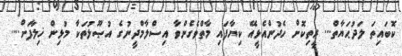
ކޮބައިތަ ލަދުޙަޔާތް... ރީތިކޮށް ހެދުންއެޅީއޭ ކިޔާފައި މާތްވެގެންވާ އިސްލާމްދީނުގެ އުޞޫލުތަކާ މުޅިން ޚިލާފަށް....